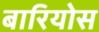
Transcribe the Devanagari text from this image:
बारियोस